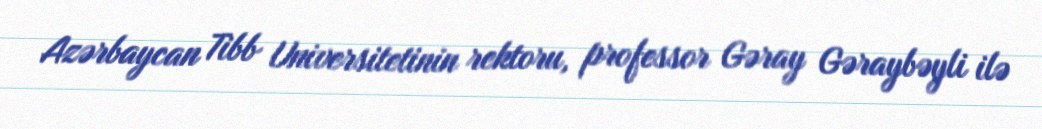
Azərbaycan Tibb Universitetinin rektoru, professor Gəray Gəraybəyli ilə